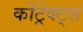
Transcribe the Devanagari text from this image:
कोंट्रेक्ट्स